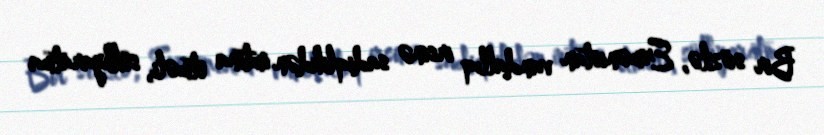
Bir sözlə, Ermənistan vandallıq irsinə sadiqlikdən imtina etməli, sülhyaratma